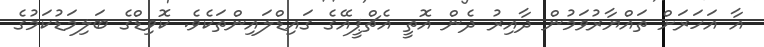
އާ އަހަރަށް ތައްޔާރުވަމުން ދާއިރު ދެން އޮތީ އެޗްޕީއޭގެ ގައިޑްލައިންތަކެވެ. ކޮވިޑްގެ ބަލިމަޑުކަމުގެ